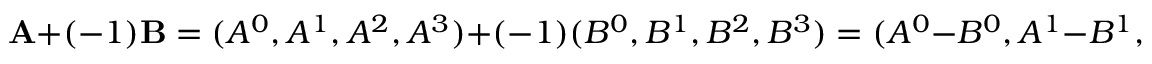
\mathbf { A } + ( - 1 ) \mathbf { B } = ( A ^ { 0 } , A ^ { 1 } , A ^ { 2 } , A ^ { 3 } ) + ( - 1 ) ( B ^ { 0 } , B ^ { 1 } , B ^ { 2 } , B ^ { 3 } ) = ( A ^ { 0 } - B ^ { 0 } , A ^ { 1 } - B ^ { 1 } , A ^ { 2 } - B ^ { 2 } , A ^ { 3 } - B ^ { 3 } )